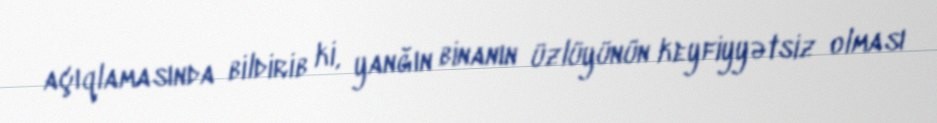
açıqlamasında bildirib ki, yanğın binanın üzlüyünün keyfiyyətsiz olması